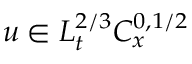
u \in L _ { t } ^ { 2 / 3 } C _ { x } ^ { 0 , 1 / 2 }